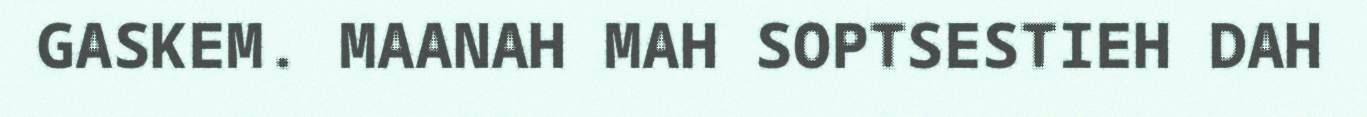
GASKEM. MAANAH MAH SOPTSESTIEH DAH